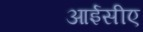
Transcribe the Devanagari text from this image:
आईसीए